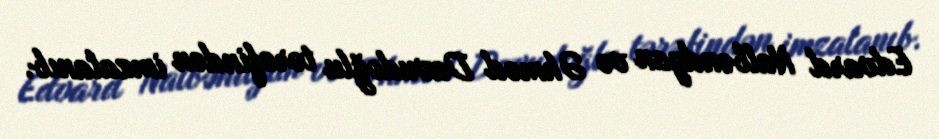
Edvard Nalbəndyan və Əhməd Davudoğlu tərəfindən imzalanıb.